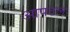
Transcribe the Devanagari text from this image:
आपटल